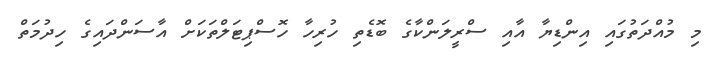
މި މުއްދަތުގައި އިންޑިޔާ އާއި ސްރީލަންކާގެ ބޮޑެތި ހުރިހާ ހޮސްޕިޓަލްތަކަށް އާސަންދައިގެ ހިދުމަތް